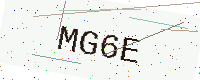
Text: MG6E